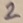
Text: 2